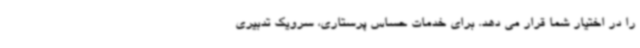
را در اختیار شما قرار می دهد. برای خدمات حساس پرستاری، سرویک تدبیری